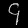
Digit: ၄